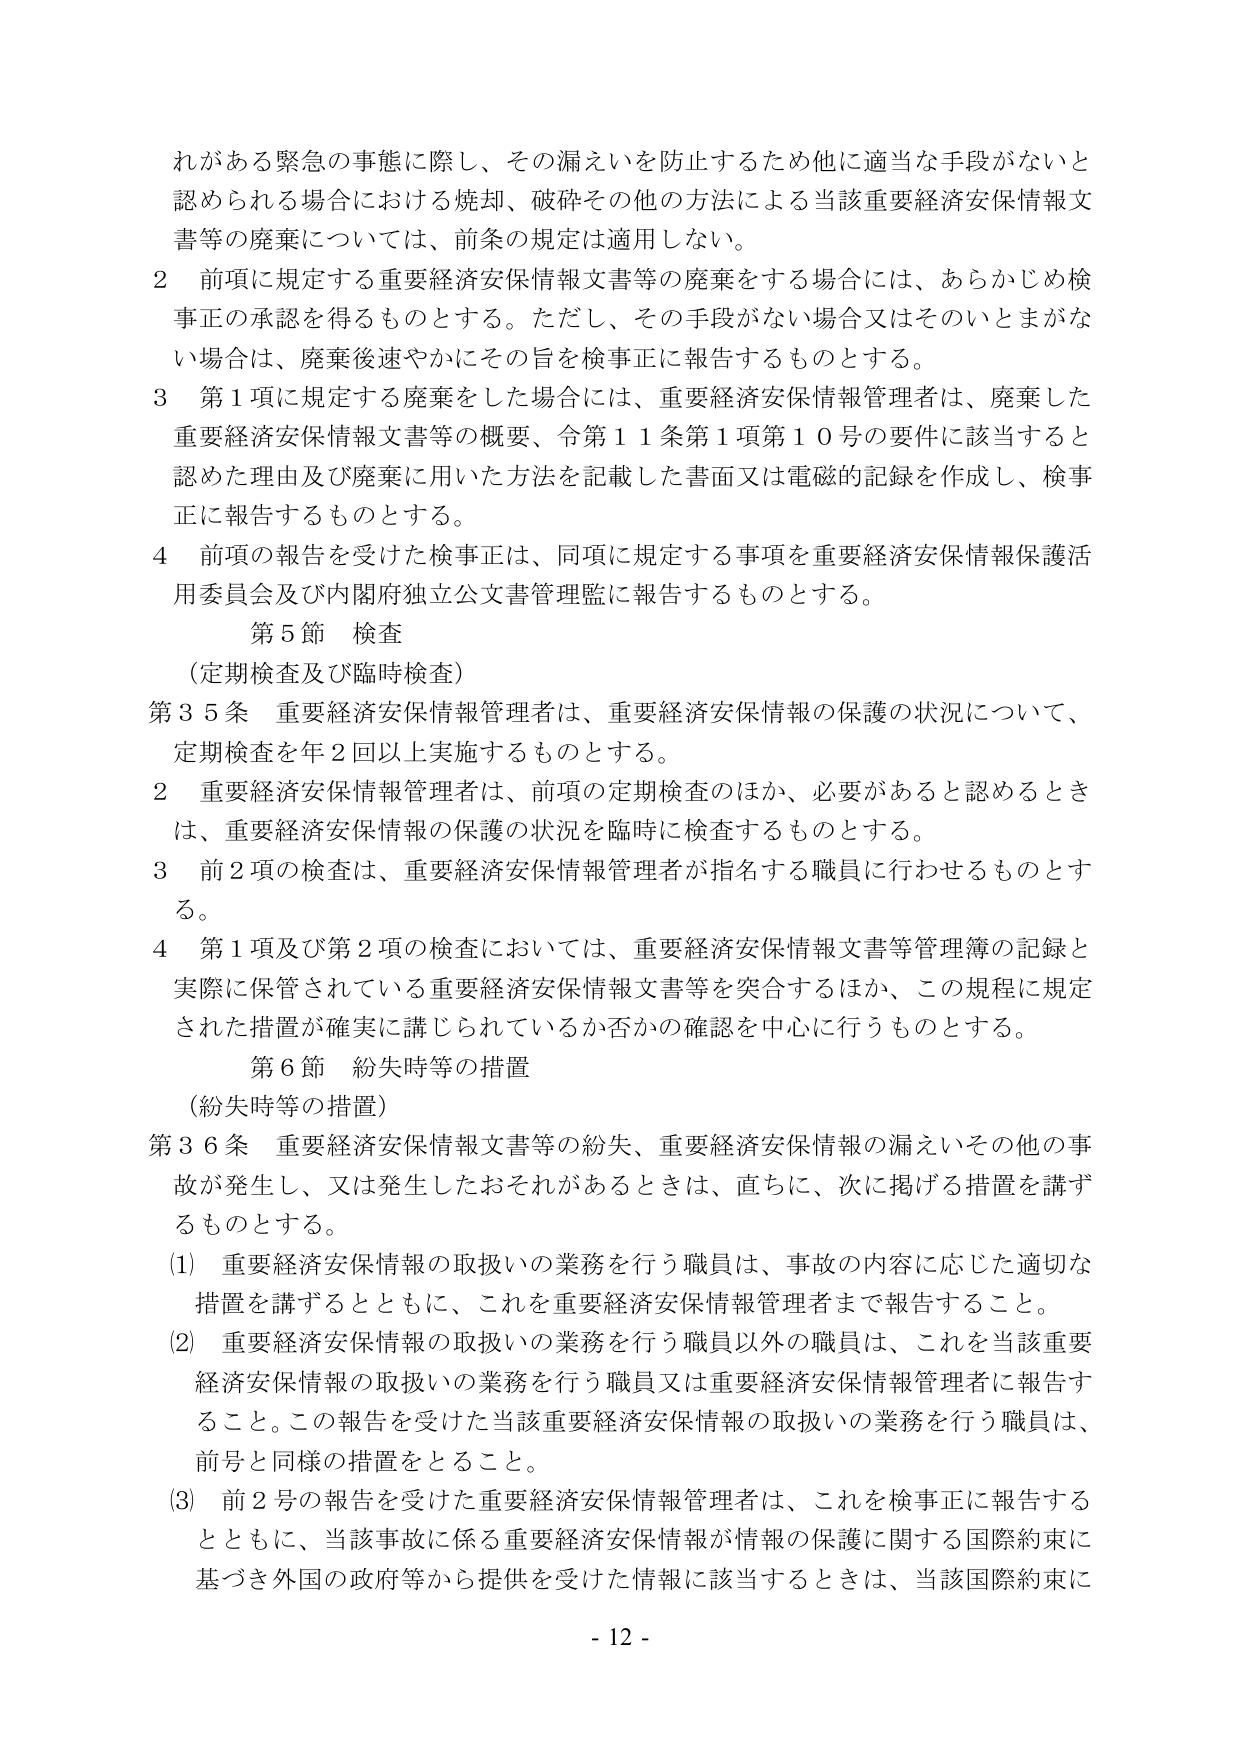
れがある緊急の事態に際し、その漏えいを防止するため他に適当な手段がないと
認められる場合における焼却、破砕その他の方法による当該重要経済安保情報文
書等の廃棄については、前条の規定は適用しない。
２ 前項に規定する重要経済安保情報文書等の廃棄をする場合には、あらかじめ検
事正の承認を得るものとする。ただし、その手段がない場合又はそのいとまがな
い場合は、廃棄後速やかにその旨を検事正に報告するものとする。
３ 第１項に規定する廃棄をした場合には、重要経済安保情報管理者は、廃棄した
重要経済安保情報文書等の概要、令第１１条第１項第１０号の要件に該当すると
認めた理由及び廃棄に用いた方法を記載した書面又は電磁的記録を作成し、検事
正に報告するものとする。
４ 前項の報告を受けた検事正は、同項に規定する事項を重要経済安保情報保護活
用委員会及び内閣府独立公文書管理監に報告するものとする。
第５節 検査
（定期検査及び臨時検査）
第３５条 重要経済安保情報管理者は、重要経済安保情報の保護の状況について、
定期検査を年２回以上実施するものとする。
２ 重要経済安保情報管理者は、前項の定期検査のほか、必要があると認めるとき
は、重要経済安保情報の保護の状況を臨時に検査するものとする。
３ 前２項の検査は、重要経済安保情報管理者が指名する職員に行わせるものとす
る。
４ 第１項及び第２項の検査においては、重要経済安保情報文書等管理簿の記録と
実際に保管されている重要経済安保情報文書等を突合するほか、この規程に規定
された措置が確実に講じられているか否かの確認を中心に行うものとする。
第６節 紛失時等の措置
（紛失時等の措置）
第３６条 重要経済安保情報文書等の紛失、重要経済安保情報の漏えいその他の事
故が発生し、又は発生したおそれがあるときは、直ちに、次に掲げる措置を講ず
るものとする。
（1） 重要経済安保情報の取扱いの業務を行う職員は、事故の内容に応じた適切な
措置を講ずるとともに、これを重要経済安保情報管理者まで報告すること。
（2） 重要経済安保情報の取扱いの業務を行う職員以外の職員は、これを当該重要
経済安保情報の取扱いの業務を行う職員又は重要経済安保情報管理者に報告す
ること。この報告を受けた当該重要経済安保情報の取扱いの業務を行う職員は、
前号と同様の措置をとること。
（3） 前２号の報告を受けた重要経済安保情報管理者は、これを検事正に報告する
とともに、当該事故に係る重要経済安保情報が情報の保護に関する国際約束に
基づき外国の政府等から提供を受けた情報に該当するときは、当該国際約束に
- 12 -